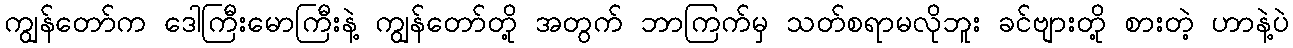
ကျွန်တော်က ဒေါကြီးမောကြီးနဲ့ ကျွန်တော်တို့ အတွက် ဘာကြက်မှ သတ်စရာမလိုဘူး ခင်ဗျားတို့ စားတဲ့ ဟာနဲ့ပဲ